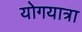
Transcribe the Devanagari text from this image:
योगयात्रा